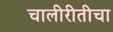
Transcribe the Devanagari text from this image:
चालीरीतीचा